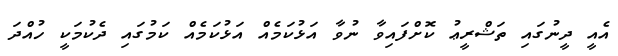
އެއީ ދީނުގައި ތަޝްރީޢު ކޮށްފައިވާ ނުވާ އަޅުކަމެއް އަޅުކަމެއް ކަމުގައި ދެކުމަކީ ހުއްދަ